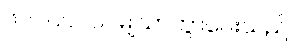
၆၇၂၀၀၀၀၀မျှသာကွာဝေးသည်။